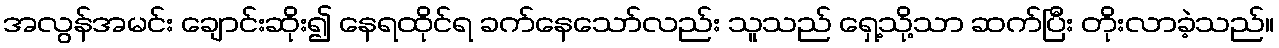
အလွန်အမင်း ချောင်းဆိုး၍ နေရထိုင်ရ ခက်နေသော်လည်း သူသည် ရှေ့သို့သာ ဆက်ပြီး တိုးလာခဲ့သည်။